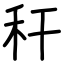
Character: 秆